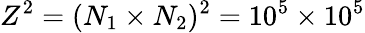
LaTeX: Z^{2}=(N_{1}\times N_{2})^{2}=10^{5}\times 10^{5}